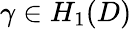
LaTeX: \gamma\in H_{1}(D)